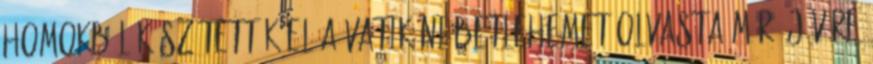
homokból készítették el a vatikáni betlehemet Olvasta már? Jövőre